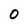
Character: 0